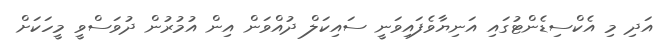
އަދި މި އެކްސިޑެންޓުގައި އަނިޔާވެފައިވަނީ ސައިކަލް ދުއްވަން އިން އުމުރުން ދުވަސްވީ މީހަކަށް